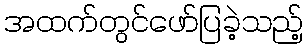
အထက်တွင်ဖော်ပြခဲ့သည့်